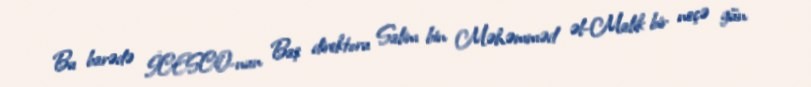
Bu barədə İCESCO-nun Baş direktoru Salim bin Məhəmməd əl-Malik bir neçə gün